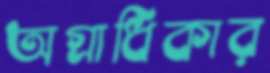
অগ্রাধিকার